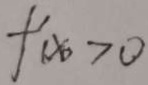
f ^ { \prime } ( x ) > 0